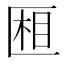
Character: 𰅧